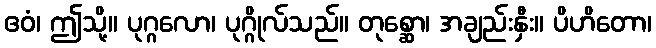
ဧဝံ၊ ဤသို့။ ပုဂ္ဂလော၊ ပုဂ္ဂိုလ်သည်။ တုစ္ဆော၊ အချည်းနှီး။ ပိဟိတော၊